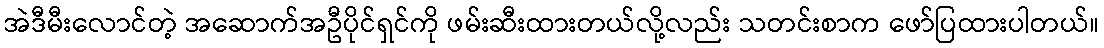
အဲဒီမီးလောင်တဲ့ အဆောက်အဦပိုင်ရှင်ကို ဖမ်းဆီးထားတယ်လို့လည်း သတင်းစာက ဖော်ပြထားပါတယ်။